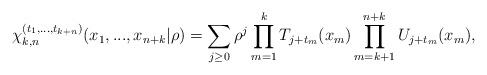
LaTeX: \begin{align*}\chi_{k,n}^{(t_{1},...,t_{k+n})}(x_{1},...,x_{n+k}|\rho)=\sum_{j\geq0}\rho^{j}\prod_{m=1}^{k}T_{j+t_{m}}(x_{m})\prod_{m=k+1}^{n+k}U_{j+t_{m}}(x_{m}),\end{align*}